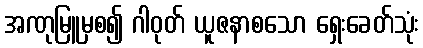
အဏုမြူမှစ၍ ဂါဝုတ် ယူဇနာစသော ရှေးခေတ်သုံး